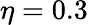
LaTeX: \eta=0.3